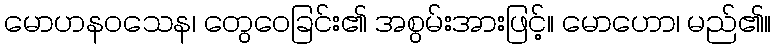
မောဟနဝသေန၊ တွေဝေခြင်း၏ အစွမ်းအားဖြင့်။ မောဟော၊ မည်၏။